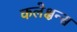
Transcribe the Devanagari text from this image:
कलेक्षन्स